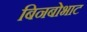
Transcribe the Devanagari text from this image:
बिनबोभाट